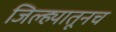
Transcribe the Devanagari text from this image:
जिल्ह्यातूनच